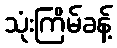
သုံးကြိမ်ခန့်